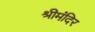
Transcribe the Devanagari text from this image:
श्रीमंदिर